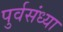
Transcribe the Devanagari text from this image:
पुर्वसंध्या